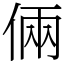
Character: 倆